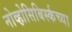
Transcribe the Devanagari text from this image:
नोव्होसिबिर्स्कच्या